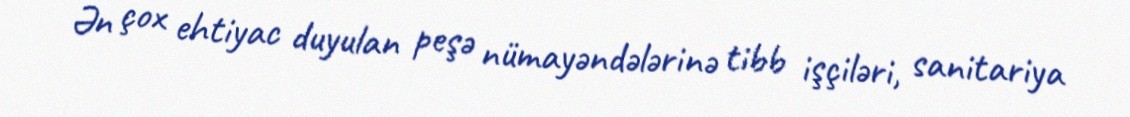
Ən çox ehtiyac duyulan peşə nümayəndələrinə tibb işçiləri, sanitariya